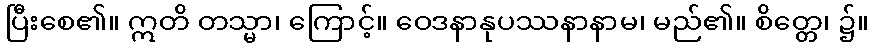
ပြီးစေ၏။ ဣတိ တသ္မာ၊ ကြောင့်။ ဝေဒနာနုပဿနာနာမ၊ မည်၏။ စိတ္တေ၊ ၌။